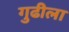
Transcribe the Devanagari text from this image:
गुढीला